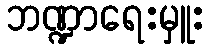
ဘဏ္ဍာရေးမှူး